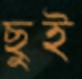
ছুই